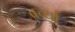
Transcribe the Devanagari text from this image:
बर्च्या